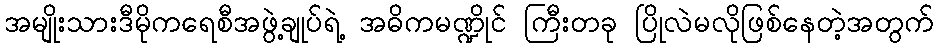
အမျိုးသားဒီမိုကရေစီအဖွဲ့ချုပ်ရဲ့ အဓိကမဏ္ဍိုင် ကြီးတခု ပြိုလဲမလိုဖြစ်နေတဲ့အတွက်